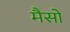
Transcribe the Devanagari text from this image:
मैसो